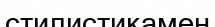
стилистикамен